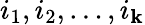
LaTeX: i_{1},i_{2},\ldots,i_{\mathbf{k}}